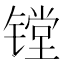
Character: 镗